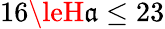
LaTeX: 16\leH\mathfrak{a}\le23